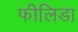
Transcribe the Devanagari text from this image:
फीलिडा